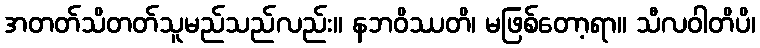
အတတ်သိတတ်သူမည်သည်လည်း။ နဘဝိဿတိ၊ မဖြစ်တော့ရာ။ သီလဝါတိပိ၊